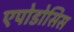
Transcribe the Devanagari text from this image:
एपोडोसिस